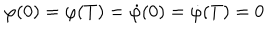
\varphi ( 0 ) = \varphi ( T ) = \dot { \varphi } ( 0 ) = \dot { \varphi } ( T ) = 0